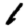
Digit: 1